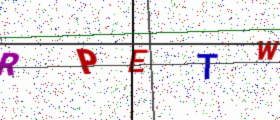
Text: RPETW